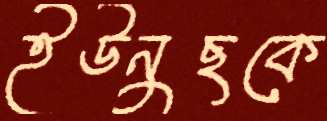
ইউনুছকে